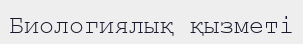
Биологиялық қызметі